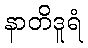
နာတိဒူရံ